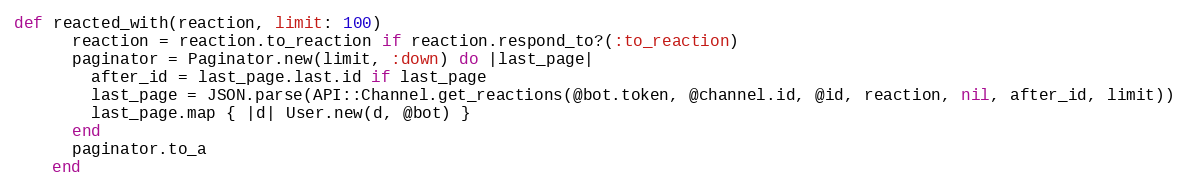
Language: Ruby
def reacted_with(reaction, limit: 100)
      reaction = reaction.to_reaction if reaction.respond_to?(:to_reaction)
      paginator = Paginator.new(limit, :down) do |last_page|
        after_id = last_page.last.id if last_page
        last_page = JSON.parse(API::Channel.get_reactions(@bot.token, @channel.id, @id, reaction, nil, after_id, limit))
        last_page.map { |d| User.new(d, @bot) }
      end
      paginator.to_a
    end